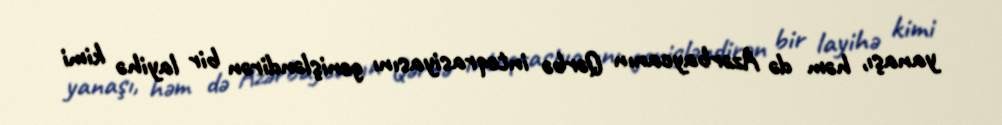
yanaşı, həm də Azərbaycanın Qərbə inteqrasiyasını genişləndirən bir layihə kimi